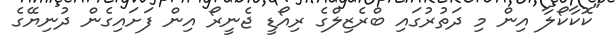
"ކޮކާކޯލާ އިން މި ދަތުރުގައި ބްރެޒިލްގެ ރިއޯޑީ ޖެނީރޯ އިން ފަށައިގެން ދުނިޔޭގެ